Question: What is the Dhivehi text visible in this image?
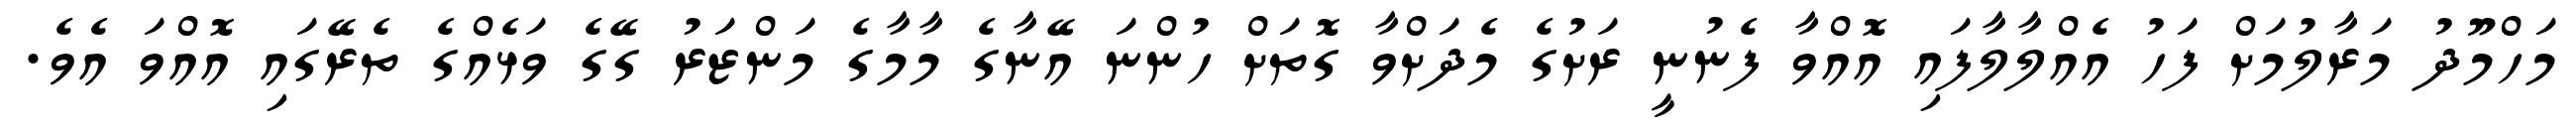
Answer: މަހްމޫދު މަރާލުމަށް ފަހު އެއްލާލާފައި އޮއްވާ ފެނުނީ ރަށުގެ މެދަށްވާ ގޮތަށް ހުންނަ އޭނާގެ މާމާގެ މަންޒަރު ގޭގެ ވަޅެއްގެ ތެރޭގައި އޮއްވަ އެވެ.